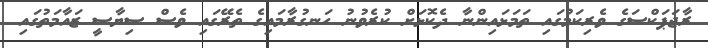
ރާޖަޕަކްސަގެ ވެރިކަމުގައި ތަމަޅައިންނާ ދެކޮޅަށް ކުރެވުނު ހަނގުރާމައިގެ ތެރޭގައި ވެސް ސިޔާސީ ޒައާމަތުގައި